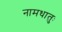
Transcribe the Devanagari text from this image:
नामधातुः